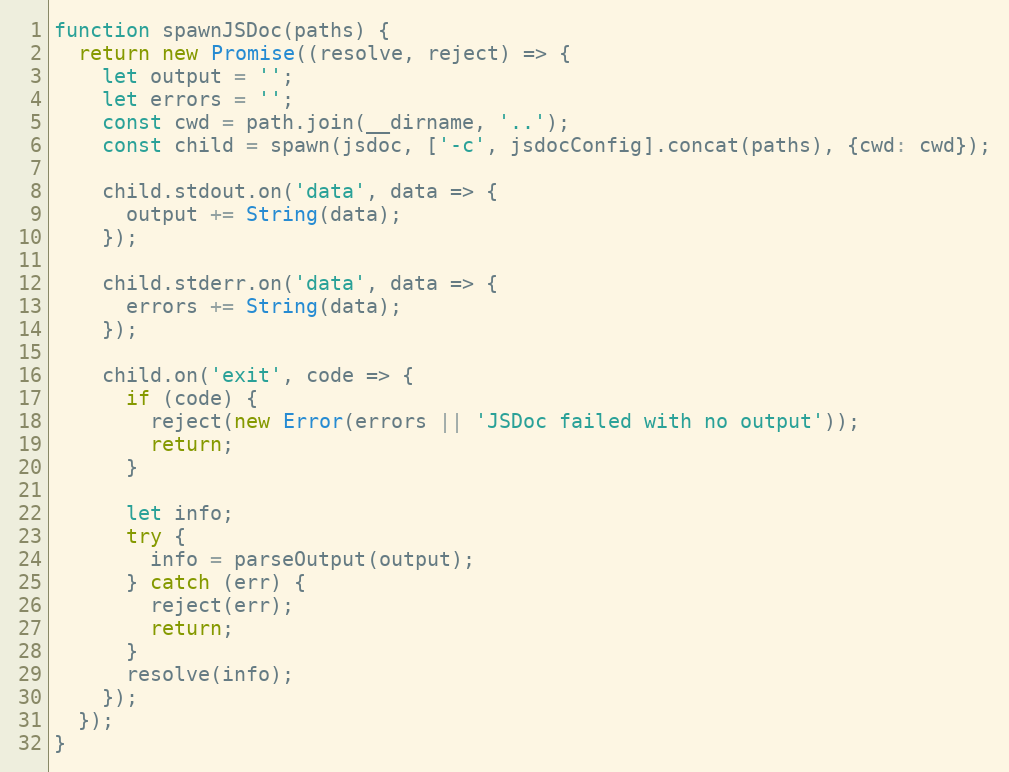
Language: JavaScript
function spawnJSDoc(paths) {
  return new Promise((resolve, reject) => {
    let output = '';
    let errors = '';
    const cwd = path.join(__dirname, '..');
    const child = spawn(jsdoc, ['-c', jsdocConfig].concat(paths), {cwd: cwd});

    child.stdout.on('data', data => {
      output += String(data);
    });

    child.stderr.on('data', data => {
      errors += String(data);
    });

    child.on('exit', code => {
      if (code) {
        reject(new Error(errors || 'JSDoc failed with no output'));
        return;
      }

      let info;
      try {
        info = parseOutput(output);
      } catch (err) {
        reject(err);
        return;
      }
      resolve(info);
    });
  });
}